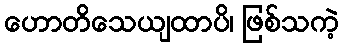
ဟောတိသေယျထာပိ၊ ဖြစ်သကဲ့